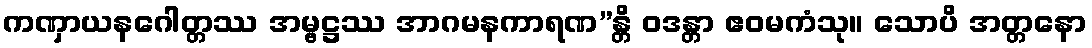
ကဏှာယနဂေါတ္တဿ အမ္ဗဋ္ဌဿ အာဂမနကာရဏ”န္တိ ဝဒန္တာ ဧဝမကံသု။ သောပိ အတ္တနော